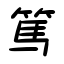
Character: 篤